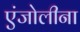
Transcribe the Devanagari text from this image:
एंजोलीना